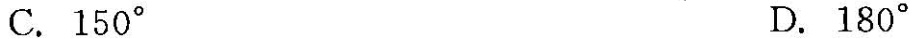
C.150°D.180°